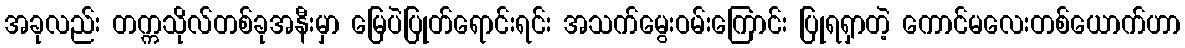
အခုလည်း တက္ကသိုလ်တစ်ခုအနီးမှာ မြေပဲပြုတ်ရောင်းရင်း အသက်မွေးဝမ်းကြောင်း ပြုရရှာတဲ့ ကောင်မလေးတစ်ယောက်ဟာ